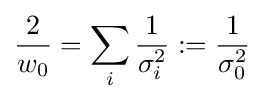
{\frac {2}{w_{0}}}=\sum _{i}{\frac {1}{\sigma _{i}^{2}}}:={\frac {1}{\sigma _{0}^{2}}}